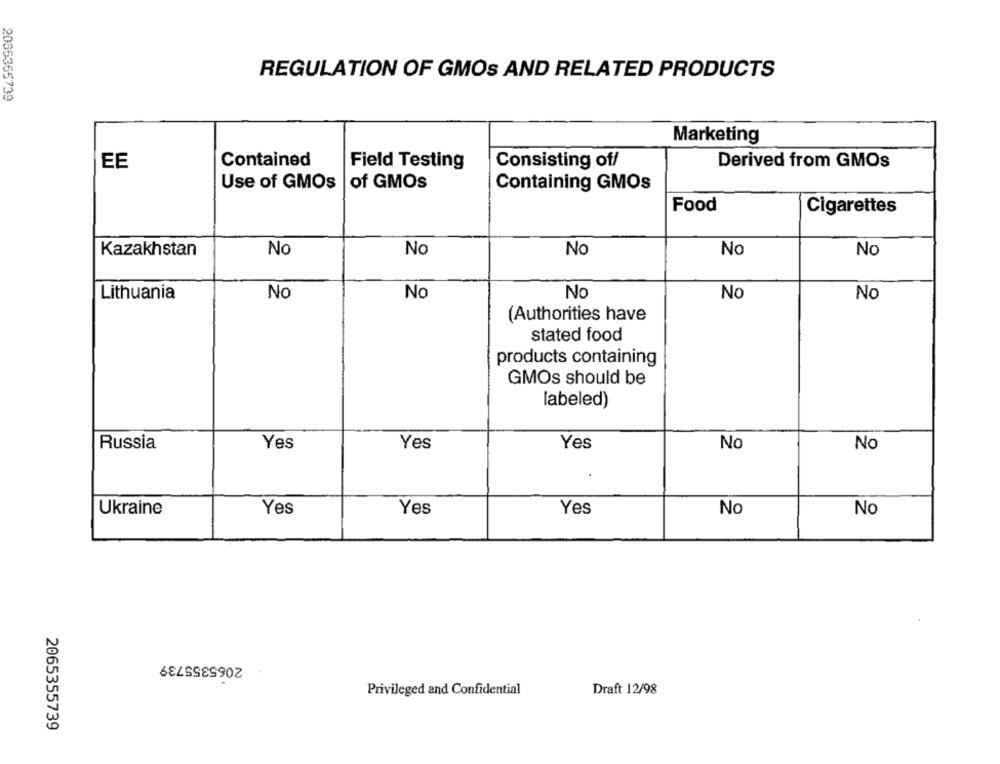
REGULATION OF GMOS AND RELATED PRODUCTS
2005355739
Marketing
EE
Contained
Field Testing
Consisting of/
Derived from GMOs
Use of GMOs | of GMOs
Containing GMOs
Food
Cigarettes
Kazakhstan
No
No
No
No
Nc
Lithuania
No
No
No
No
No
(Authorities have
stated food
products containing
GMOs should be
labeled)
Russia
Yes
Yes
Yes
No
No
Ukraine
Yes
Yes
Yes
No
No
2065355739
Privileged and Confidential
Draft 12/98
2065355739